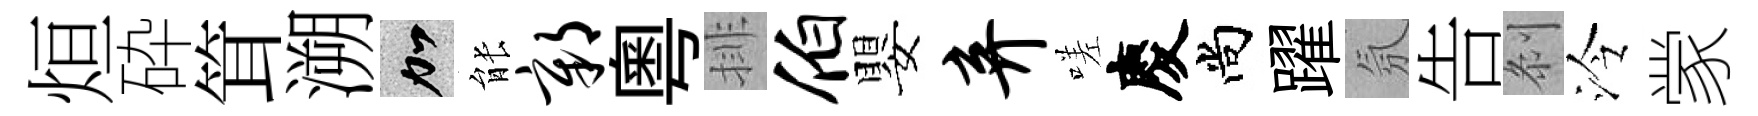
烜砕䇯溯加䏻鄣粵排伯嬰弃嗟慶尚躍氛告𠛴泠䝉